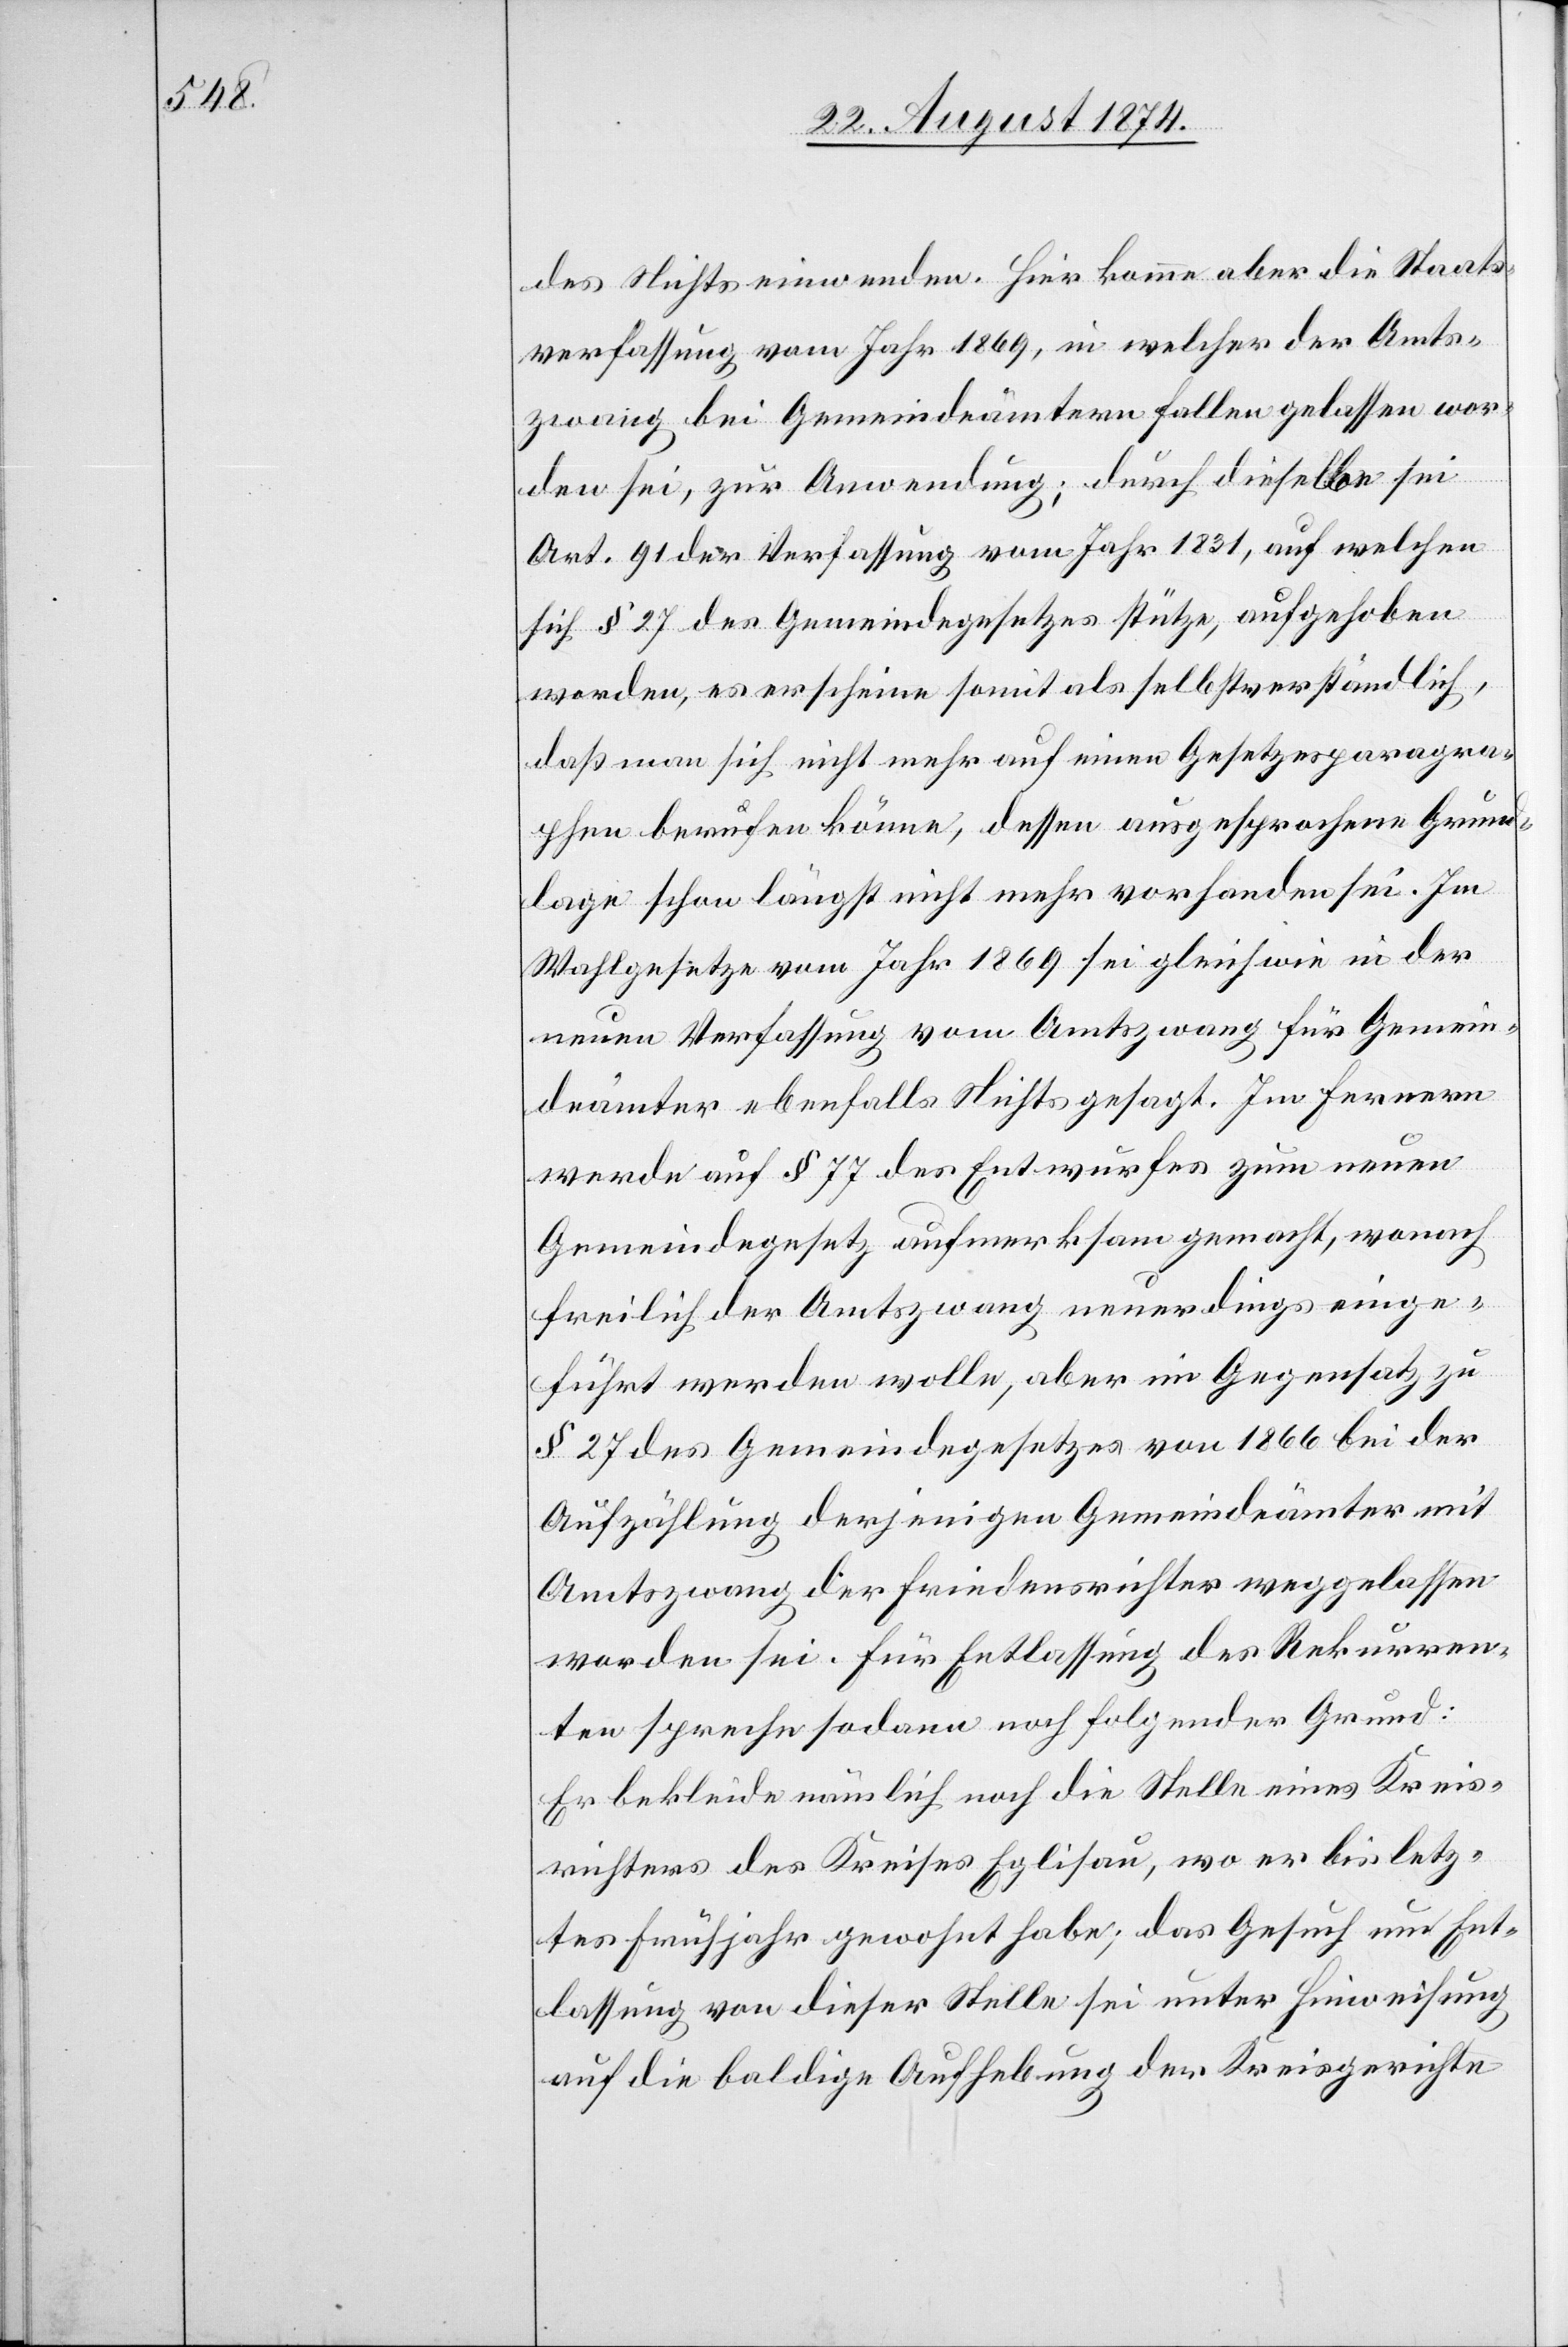
des Nichts einwenden. Hier komme aber die Staats¬
verfassung vom Jahr 1869, in welcher der Amts¬
zwang bei Gemeindeämtern fallen gelassen wor¬
den sei, zur Anwendung; durch dieselbe sei
Art. 91 der Verfassung vom Jahr 1831, auf welchen
sich § 27 des Gemeindegesetzes stütze, aufgehoben
worden, es erscheine somit als selbstverständlich,
daß man sich nicht mehr auf einen Gesetzesparagra¬
phen berufen könne, dessen ausgesprochene Grund¬
lage schon längst nicht mehr vorhanden sei. Im
Wahlgesetze vom Jahr 1869 sei gleich wie in der
neuen Verfassung vom Amtszwang für Gemein¬
deämter ebenfalls Nichts gesagt. Im Fernern
werde auf § 77 des Entwurfes zum neuen
Gemeindegesetz aufmerksam gemacht, wonach
freilich der Amtszwang neuerdings einge¬
führt werden wolle, aber im Gegensatz zu
§ 27 des Gemeindegesetzes von 1866 bei der
Aufzählung derjenigen Gemeindeämter mit
Amtszwang der Friedensrichter weggelassen
worden sei. Für Entlassung des Rekurren¬
ten spreche sodann noch folgender Grund:
Er bekleide nämlich noch die Stelle eines Kreis¬
richters des Kreises Eglisau, wo er bis letz¬
tes Frühjahr gewohnt habe; das Gesuch um Ent¬
lassung von dieser Stelle sei unter Hinweisung
auf die baldige Aufhebung der Kreisgerichte